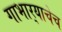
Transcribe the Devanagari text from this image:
गाभार्‍याचेच